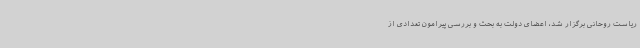
ریاست روحانی برگزار شد، اعضای دولت به بحث و بررسی پیرامون تعدادی از